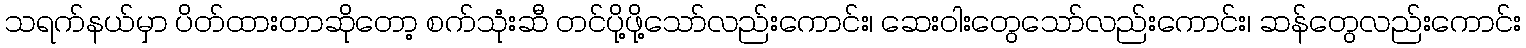
သရက်နယ်မှာ ပိတ်ထားတာဆိုတော့ စက်သုံးဆီ တင်ပို့ဖို့သော်လည်းကောင်း၊ ဆေးဝါးတွေသော်လည်းကောင်း၊ ဆန်တွေလည်းကောင်း